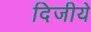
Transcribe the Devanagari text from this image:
दिजीये